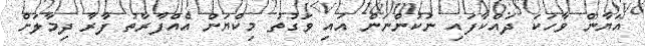
އަޔާން ވާހަކަ ދައްކާފައި ނުކުންނަން އައި ވަގުތު މިކްޔަން އެއްފާރާތު ފާރާ ދިމާލަށް